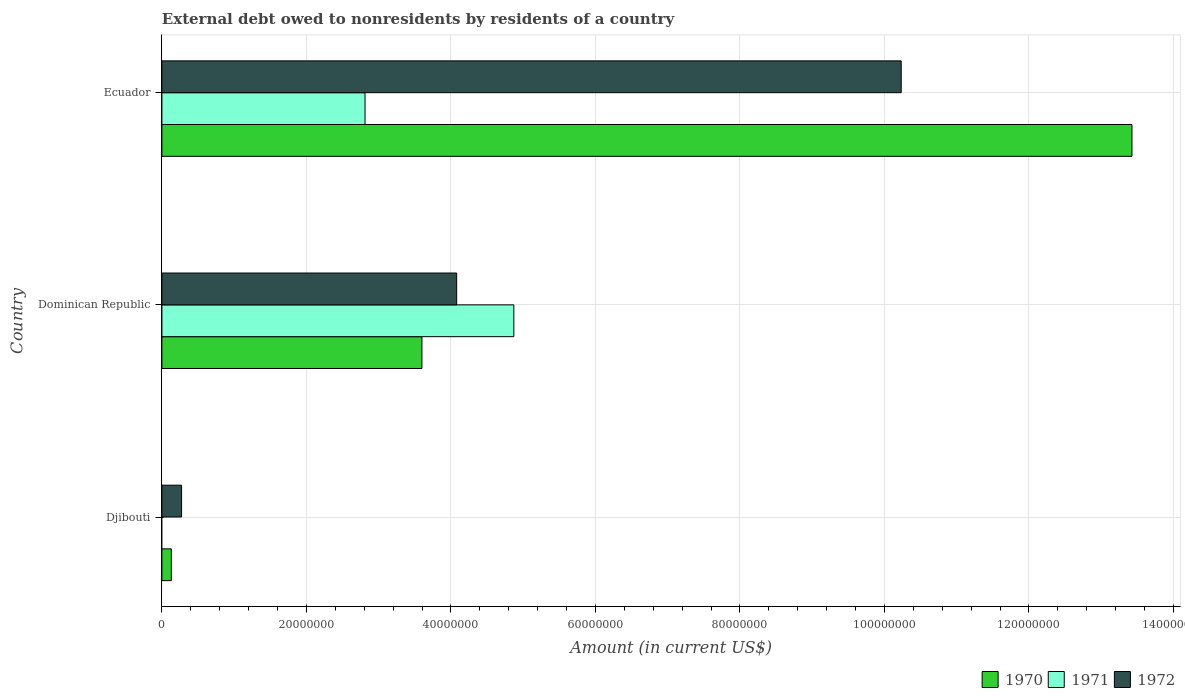
| Country | 1970 | 1971 | 1972 |
 | --- | --- | --- | --- |
 | Djibouti | 1.3e+06 | -1.19e+05 | 2.72e+06 |
 | Dominican Republic | 3.6e+07 | 4.87e+07 | 4.08e+07 |
 | Ecuador | 1.34e+08 | 2.81e+07 | 1.02e+08 |